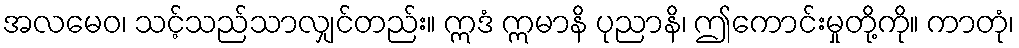
အလမေဝ၊ သင့်သည်သာလျှင်တည်း။ ဣဒံ ဣမာနိ ပုညာနိ၊ ဤကောင်းမှုတို့ကို။ ကာတုံ၊